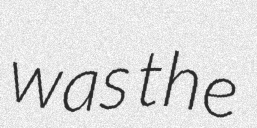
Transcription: was the